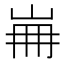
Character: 𡷌